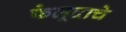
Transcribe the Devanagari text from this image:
फेलूदाचे